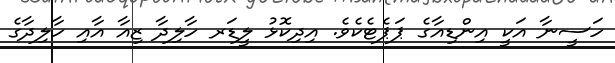
ހަސީނާ އަކީ އިންޑިއާގެ ޕަޕެޓެކެވެ. އިދިކޮޅު ލީޑަރ ހާލިދާ ޒިއާ އާއި ހާލިދާގެ